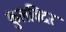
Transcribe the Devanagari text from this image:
कुलविंदर